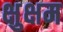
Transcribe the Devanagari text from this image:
क्षुक्षम